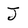
Character: J